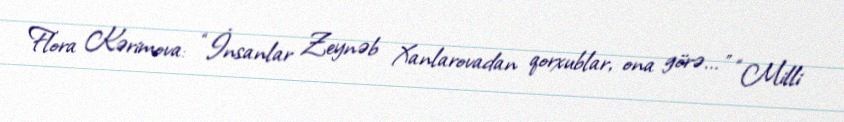
Flora Kərimova: “İnsanlar Zeynəb Xanlarovadan qorxublar, ona görə... ” “Milli